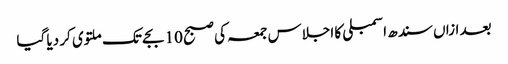
بعد ازاں سندھ اسمبلی کا اجلاس جمعہ کی صبح 10 بجے تک ملتوی کر دیا گیا